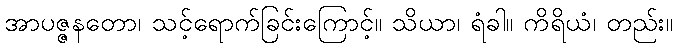
အာပဇ္ဇနတော၊ သင့်ရောက်ခြင်းကြောင့်။ သိယာ၊ ရံခါ။ ကိရိယံ၊ တည်း။